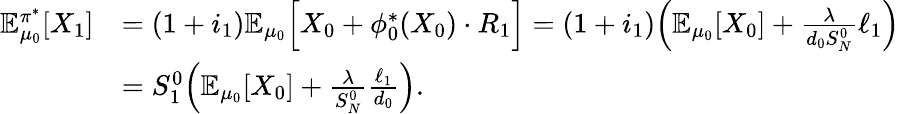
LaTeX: \begin{array}{rl}{\mathbb{E}_{\mu_{0}}^{\pi^{*}}[X_{1}]}&{=(1+i_{1})\mathbb{E}_{\mu_{0}}\Big[X_{0}+\phi_{0}^{*}(X_{0})\cdot R_{1}\Big]=(1+i_{1})\Big(\mathbb{E}_{\mu_{0}}[X_{0}]+\frac{\lambda}{d_{0}S_{N}^{0}}\ell_{1}\Big)}\\ &{=S_{1}^{0}\Big(\mathbb{E}_{\mu_{0}}[X_{0}]+\frac{\lambda}{S_{N}^{0}}\frac{\ell_{1}}{d_{0}}\Big).}\end{array}